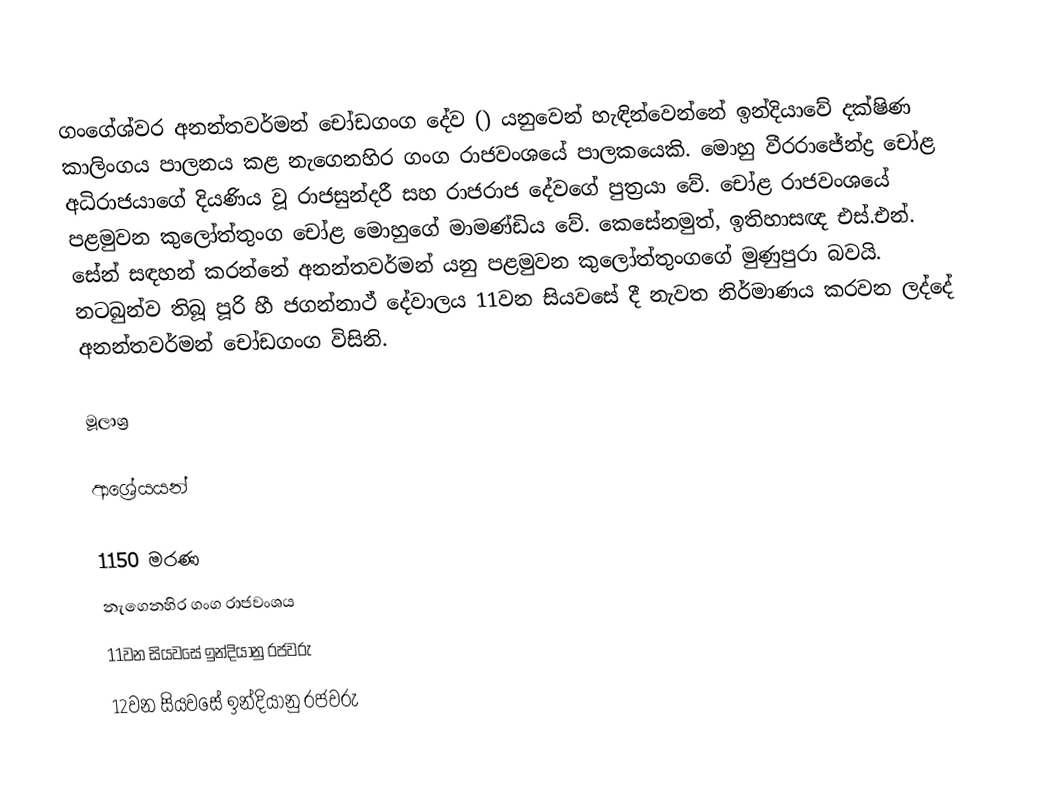
ගංගේශ්වර අනන්තවර්මන් චෝඩගංග දේව () යනුවෙන් හැඳින්වෙන්නේ ඉන්දියාවේ දක්ෂිණ කාලිංගය පාලනය කළ නැගෙනහිර ගංග රාජවංශයේ පාලකයෙකි. මොහු වීරරාජේන්ද්‍ර චෝළ අධිරාජයාගේ දියණිය වූ රාජසුන්දරී සහ රාජරාජ දේවගේ පුත්‍රයා වේ. චෝළ රාජවංශයේ පළමුවන කුලෝත්තුංග චෝළ මොහුගේ මාමණ්ඩිය වේ. කෙසේනමුත්, ඉතිහාසඥ එස්.එන්. සේන් සඳහන් කරන්නේ අනන්තවර්මන් යනු පළමුවන කුලෝත්තුංගගේ මුණුපුරා බවයි. නටබුන්ව තිබූ පූරි හී ජගන්නාථ් දේවාලය 11වන සියවසේ දී නැවත නිර්මාණය කරවන ලද්දේ අනන්තවර්මන් චෝඩගංග විසිනි.

මූලාශ්‍ර

ආශ්‍රේයයන්

1150 මරණ
නැගෙනහිර ගංග රාජවංශය
11වන සියවසේ ඉන්දියානු රජවරු
12වන සියවසේ ඉන්දියානු රජවරු